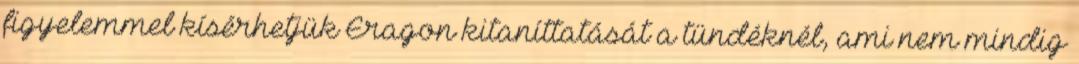
figyelemmel kísérhetjük Eragon kitaníttatását a tündéknél, ami nem mindig